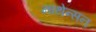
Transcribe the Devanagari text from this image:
नाथेन्सन